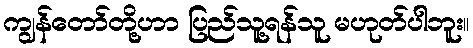
ကျွန်တော်တို့ဟာ ပြည်သူ့ရန်သူ မဟုတ်ပါဘူး။